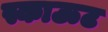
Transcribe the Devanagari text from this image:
स्काऊट